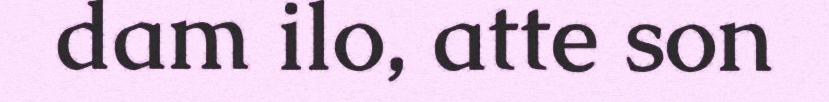
dam ilo, atte son